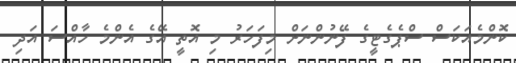
ކޮންމެއަކަސް ސްޕެގެޓީގެ ފޭނުންނަށް މިފަހަރު މި އޮތީ އޭގެ އެންމެ ހާއްސަ އަދި